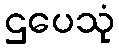
ဌပေသုံ